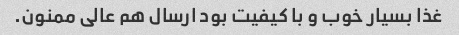
غذا بسیار خوب و با کیفیت بود ارسال هم عالی ممنون.